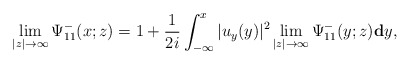
\begin{align*}\lim_{|z|\rightarrow\infty}\Psi^-_{11}(x;z) =1+\frac{1}{2i} \int_{-\infty}^{x}|u_y(y)|^2 \lim_{|z|\rightarrow\infty}\Psi^-_{11}(y;z) \mathbf{d} y,\end{align*}